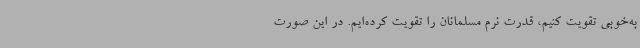
به‌خوبی تقویت کنیم، قدرت نرم مسلمانان را تقویت کرده‌ایم. در این صورت